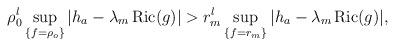
LaTeX: \begin{align*} \rho_0^l\sup_{\{f=\rho_o\}}|h_a-\lambda_m\operatorname{Ric}(g)|> r_m^l\sup_{\{f=r_m\}}|h_a-\lambda_m\operatorname{Ric}(g)|, \end{align*}